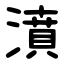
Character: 濆